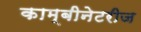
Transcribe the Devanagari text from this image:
काम्बीनेटरीज